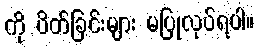
ကို ပိတ်ခြင်းများ မပြုလုပ်ရပါ။